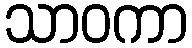
သာဝကာ